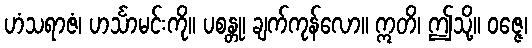
ဟံသရာဇံ၊ ဟင်္သာမင်းကို။ ပစန္တု၊ ချက်ကုန်လော။ ဣတိ၊ ဤသို့။ ဝဇ္ဇေ၊